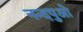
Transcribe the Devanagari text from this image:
नन्दपुओ